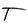
Character: T